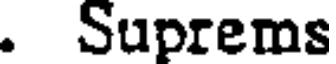
. Suprems